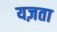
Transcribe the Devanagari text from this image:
यज़ता